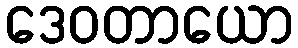
ဒေဝတာယော